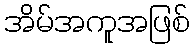
အိမ်အကူအဖြစ်